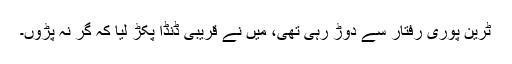
ٹرین پوری رفتار سے دوڑ رہی تھی، میں نے قریبی ڈنڈا پکڑ لیا کہ گر نہ پڑوں۔